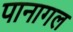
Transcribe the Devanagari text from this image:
पानागल